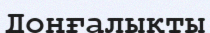
Доңғалықты